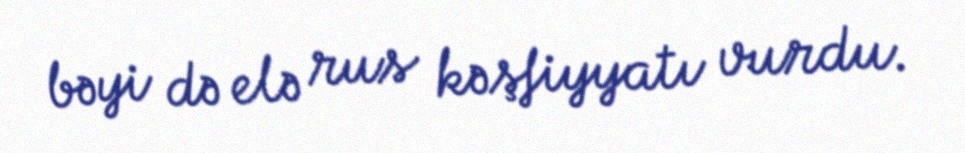
bəyi də elə rus kəşfiyyatı vurdu.